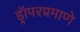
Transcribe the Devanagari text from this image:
ड्रॉपरप्रमाणे